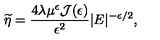
\widetilde { \eta } = \frac { 4 \lambda \mu ^ { \epsilon } { \mathcal J } ( \epsilon ) } { \epsilon ^ { 2 } } | E | ^ { - \epsilon / 2 } ,